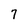
Character: 7